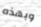
وبهذه